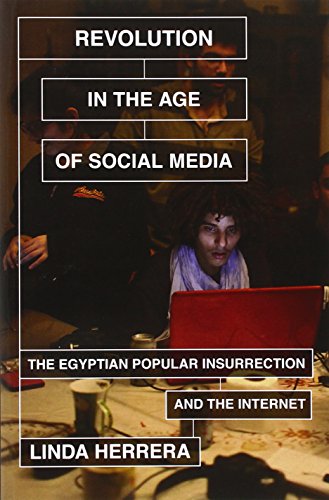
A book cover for Revolution in the Age of Social Media: The Egyptian Popular Insurrection and the Internet; Linda Herrera; Computers & Technology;